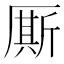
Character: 厮